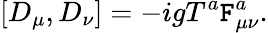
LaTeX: [D_{\mu},D_{\nu}]=-igT^{a}\mathtt{F}_{\mu\nu}^{a}.